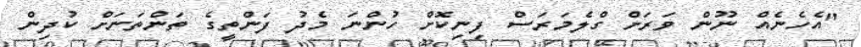
"އެހެނެއް ނޫން ވަރަށް ގްލެމަރަސް ފިނިކޮށް ހުންނަ މެދު ފަންތީގެ ތަންތަނަށް ކުދިންް